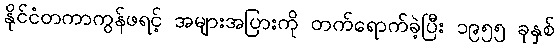
နိုင်ငံတကာကွန်ဖရင့် အများအပြားကို တက်ရောက်ခဲ့ပြီး ၁၉၅၅ ခုနှစ်